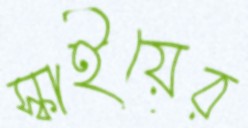
স্কাইয়ের